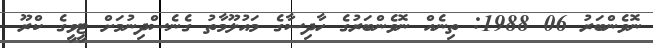
ނޮވެންބަރު 06 1988: ތިނެއް ނޮވެންބަރުގެ ހާދިސާގެ މައުލޫމާތު ގެނެސްދިނުމަށް ޓީވީގެ ކްރޫ